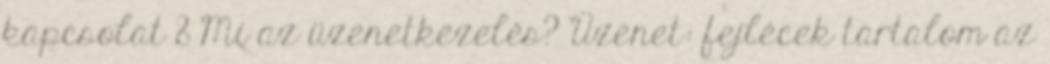
kapcsolat 8 Mi az üzenetkezelés? Üzenet: fejlécek tartalom az